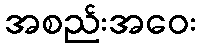
အစည်းအဝေး